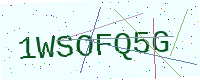
Text: 1WSOFQ5G